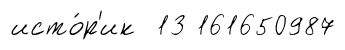
исто́р'ик 13 161650987